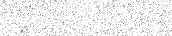
: